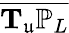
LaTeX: \overline{{\mathbf{T}_{\mathfrak{u}}\mathbb{P}_{L}}}